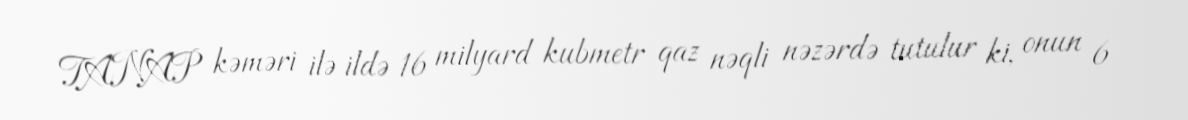
TANAP kəməri ilə ildə 16 milyard kubmetr qaz nəqli nəzərdə tutulur ki, onun 6